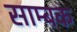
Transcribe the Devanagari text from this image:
साम्बक